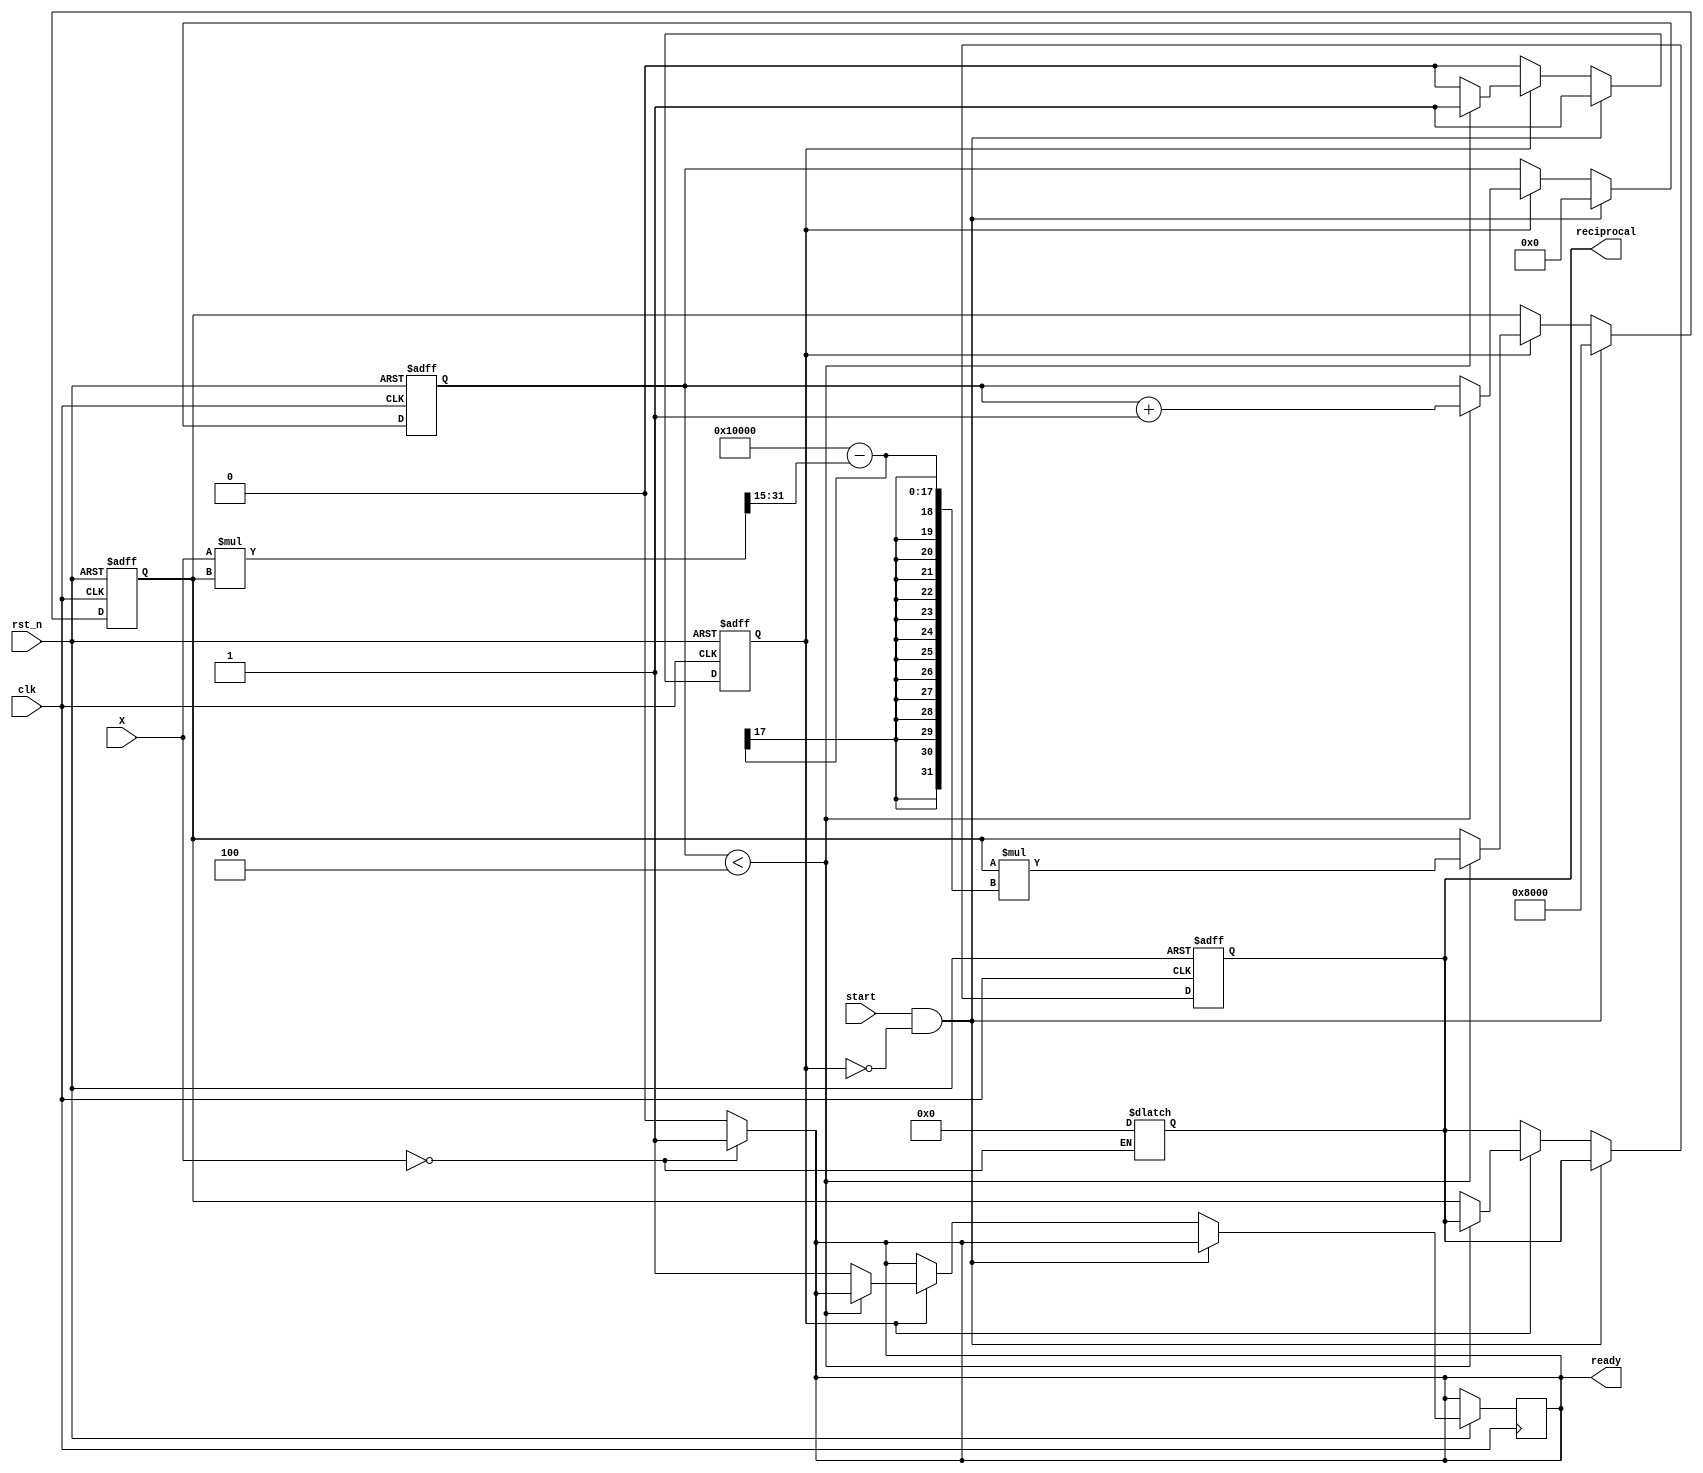
module BitwiseReciprocal #(
    parameter WIDTH = 16, // Bit-width of input and output
    parameter ITERATIONS = 4 // Number of iterations for refinement
)(
    input wire clk,
    input wire rst_n,
    input wire start,
    input wire [WIDTH-1:0] X,
    output reg [WIDTH-1:0] reciprocal,
    output reg ready
);

    reg [WIDTH-1:0] estimate;
    reg [3:0] iteration_count;
    reg in_process;

    // Handle edge cases
    always @(*) begin
        if (X == 0) begin
            reciprocal = {WIDTH{1'b0}}; // Undefined reciprocal for X = 0
            ready = 1'b1;
        end else begin
            ready = 1'b0;
        end
    end

    always @(posedge clk or negedge rst_n) begin
        if (!rst_n) begin
            reciprocal <= {WIDTH{1'b0}};
            estimate <= {WIDTH{1'b0}};
            iteration_count <= 0;
            in_process <= 1'b0;
        end else if (start && !in_process) begin
            // Initialize the estimate (1/X) using a simple bit manipulation
            estimate <= (1 << (WIDTH - 1)); // Initial estimate: 0.5 in fixed-point
            iteration_count <= 0;
            in_process <= 1'b1;
        end else if (in_process) begin
            if (iteration_count < ITERATIONS) begin
                // Newton-Raphson iteration: estimate = estimate * (2 - X * estimate)
                estimate <= estimate * ((1 << WIDTH) - (X * estimate >> (WIDTH - 1)));
                iteration_count <= iteration_count + 1;
            end else begin
                reciprocal <= estimate;
                in_process <= 1'b0;
                ready <= 1'b1;
            end
        end
    end

endmodule